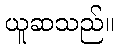
ယူဆသည်။